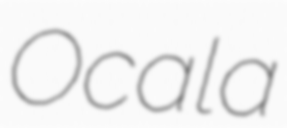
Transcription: Ocala